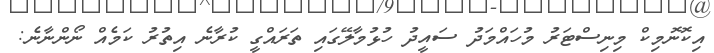
އިކޮނޮމިކް މިނިސްޓަރު މުހައްމަދު ސައީދު ހުޅުމާލޭގައި ތަރައްގީ ކުރާނެ އިތުރު ކަމެއް ނޯންނާނެ: